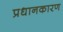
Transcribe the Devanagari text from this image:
प्रधानकारण